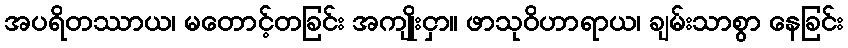
အပရိတဿာယ၊ မတောင့်တခြင်း အကျိုးငှာ။ ဖာသုဝိဟာရာယ၊ ချမ်းသာစွာ နေခြင်း